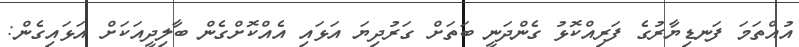
އުއްތަމަ ފަނޑިޔާރުގެ ފަރިއްކޮޅު ގެންދަނީ ބަތަށް ގަރުދިޔަ އަޅައި އެއްކޮށްގެން ބާލިދީއަކަށް އަޅައިގެން: